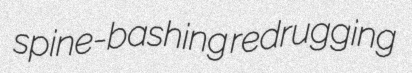
spine-bashing redrugging